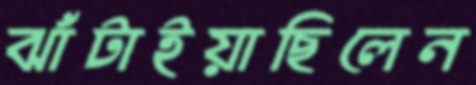
ঝাঁটাইয়াছিলেন